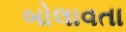
બોલાવતા